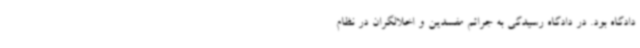
دادگاه بود. در دادگاه رسیدگی به جرائم مفسدین و اخلالگران در نظام